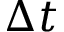
\Delta t